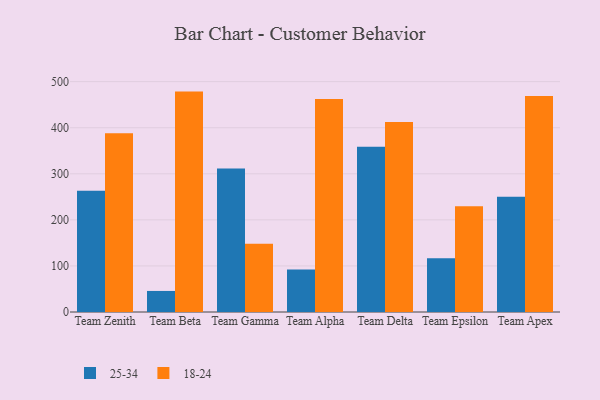
{"axis": {"x": "Team", "y": "Humidity (%)"}, "legend": ["18-24", "25-34"], "data": [{"x": "Team Zenith", "y": 263.1, "type": "25-34"}, {"x": "Team Zenith", "y": 387.9, "type": "18-24"}, {"x": "Team Beta", "y": 45.7, "type": "25-34"}, {"x": "Team Beta", "y": 478.4, "type": "18-24"}, {"x": "Team Gamma", "y": 311.7, "type": "25-34"}, {"x": "Team Gamma", "y": 148.0, "type": "18-24"}, {"x": "Team Alpha", "y": 92.3, "type": "25-34"}, {"x": "Team Alpha", "y": 462.2, "type": "18-24"}, {"x": "Team Delta", "y": 358.5, "type": "25-34"}, {"x": "Team Delta", "y": 412.5, "type": "18-24"}, {"x": "Team Epsilon", "y": 116.9, "type": "25-34"}, {"x": "Team Epsilon", "y": 229.7, "type": "18-24"}, {"x": "Team Apex", "y": 249.9, "type": "25-34"}, {"x": "Team Apex", "y": 468.7, "type": "18-24"}]}